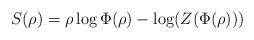
LaTeX: \begin{align*} S(\rho) = \rho \log\Phi(\rho) - \log(Z(\Phi(\rho)))\end{align*}